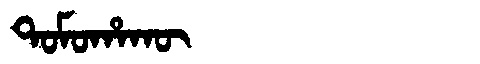
Manchu: ᡨᠣᠮᠣᡥᠠᡴᡡ
Romanization: TOMOHAKŪ